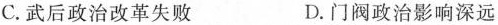
C. 武后政治改革失败 D. 门阀政治影响深远